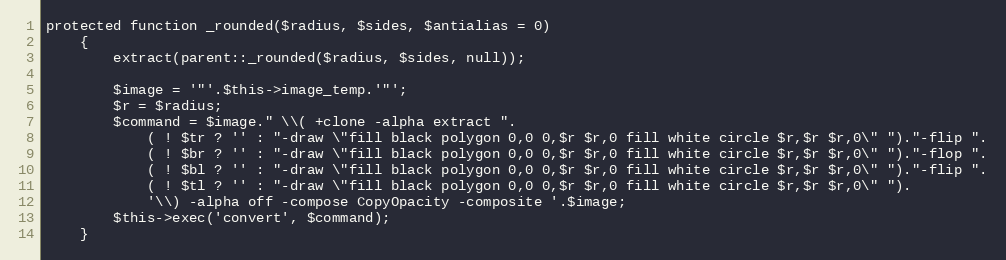
Language: PHP
protected function _rounded($radius, $sides, $antialias = 0)
	{
		extract(parent::_rounded($radius, $sides, null));

		$image = '"'.$this->image_temp.'"';
		$r = $radius;
		$command = $image." \\( +clone -alpha extract ".
			( ! $tr ? '' : "-draw \"fill black polygon 0,0 0,$r $r,0 fill white circle $r,$r $r,0\" ")."-flip ".
			( ! $br ? '' : "-draw \"fill black polygon 0,0 0,$r $r,0 fill white circle $r,$r $r,0\" ")."-flop ".
			( ! $bl ? '' : "-draw \"fill black polygon 0,0 0,$r $r,0 fill white circle $r,$r $r,0\" ")."-flip ".
			( ! $tl ? '' : "-draw \"fill black polygon 0,0 0,$r $r,0 fill white circle $r,$r $r,0\" ").
			'\\) -alpha off -compose CopyOpacity -composite '.$image;
		$this->exec('convert', $command);
	}